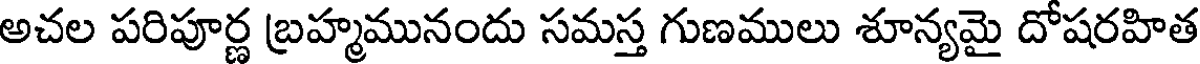
అచల పరిపూర్ణ బ్రహ్మమునందు సమస్త గుణములు శూన్యమై దోషరహిత